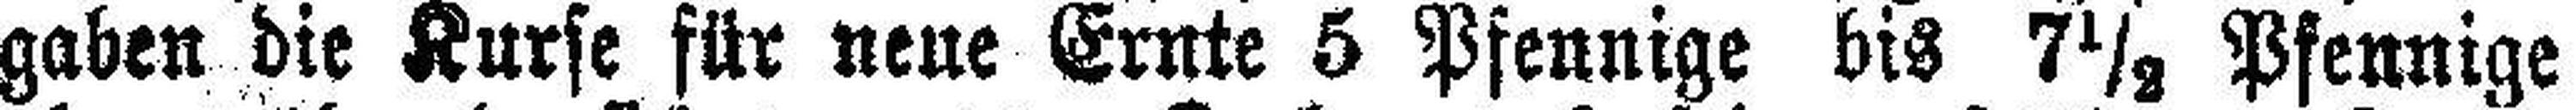
gaben die Kurse für neue Ernte 5 Pfennige bis 7½ Pfennige